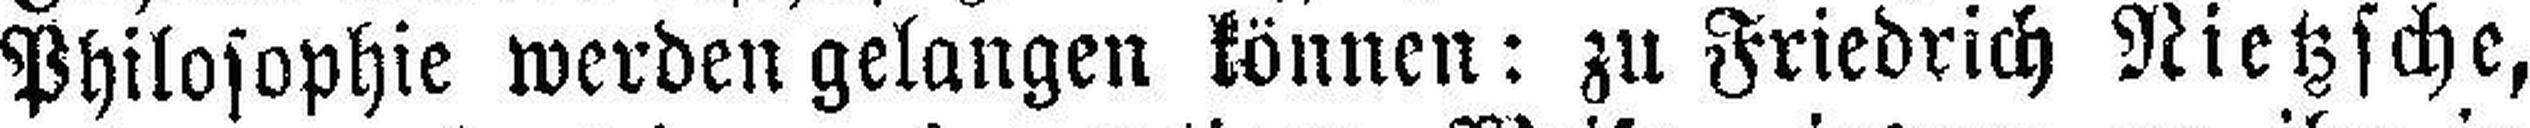
Philosophie werden gelangen können: zu Friedrich Nietzsche,